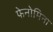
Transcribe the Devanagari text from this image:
फेनोमिना